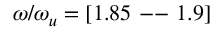
\omega / \omega _ { u } = [ 1 . 8 5 \mathrm { ~ -- ~ } 1 . 9 ]